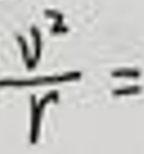
$\frac{v^{2}}{r} =$